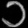
Digit: ၁